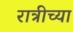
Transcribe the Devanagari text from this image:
रात्रीच्या